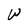
Character: W